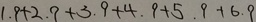
1 . 9 + 2 . 9 + 3 . 9 + 4 . 9 + 5 . 9 + 6 . 9